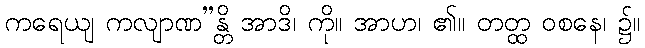
ကရေယျ ကလျာဏ”န္တိ အာဒိ၊ ကို။ အာဟ၊ ၏။ တတ္ထ ဝစနေ၊ ၌။